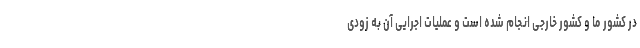
در کشور ما و کشور خارجی انجام شده است و عملیات اجرایی آن به زودی